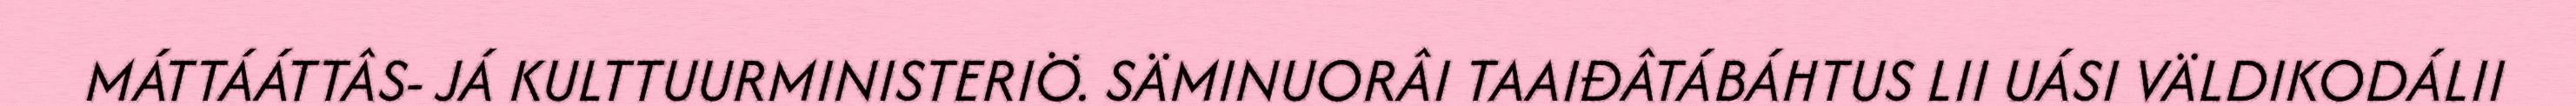
MÁTTÁÁTTÂS- JÁ KULTTUURMINISTERIÖ. SÄMINUORÂI TAAIĐÂTÁBÁHTUS LII UÁSI VÄLDIKODÁLII